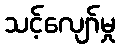
သင့်လျော်မှု